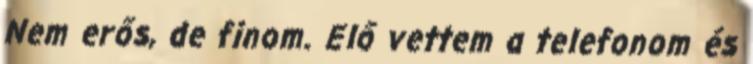
Nem erős, de finom. Elő vettem a telefonom és